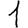
Digit: 1